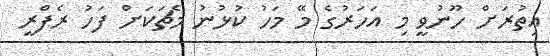
އިތުރަށް ހޫނުވީ މި އަހަރުގެ މޭ މަހު ކުޅުނު މެޗަކަށް ފަހު ރެފްރީ